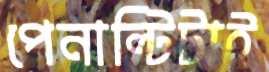
পেনাল্টিটাই